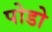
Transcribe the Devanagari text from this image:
पोडो